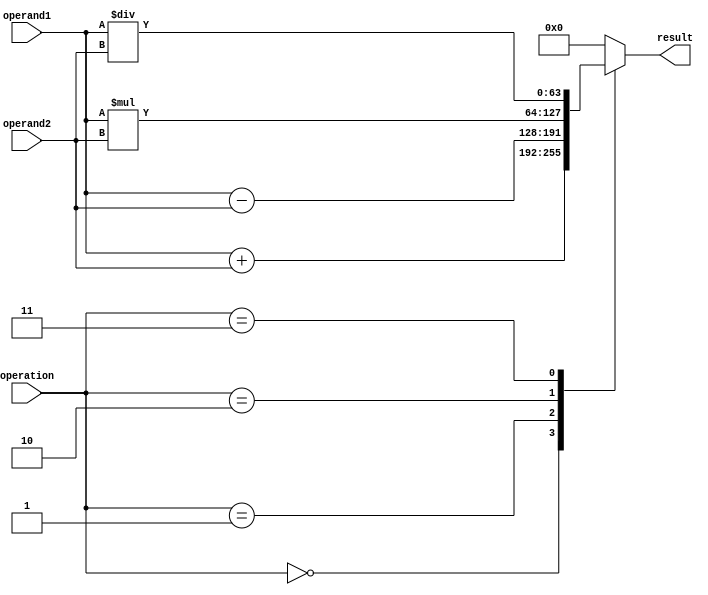
module ExtendedPrecisionFloatingPointUnit (
    input wire [63:0] operand1,
    input wire [63:0] operand2,
    input wire [2:0] operation,
    output reg [63:0] result
);

always @ (operand1 or operand2 or operation) begin
    case (operation)
        3'b000: result <= operand1 + operand2; // Addition
        3'b001: result <= operand1 - operand2; // Subtraction
        3'b010: result <= operand1 * operand2; // Multiplication
        3'b011: result <= operand1 / operand2; // Division
        // Add code for other computational functions here
        default: result <= 64'b0; // Default case
    endcase
end

endmodule